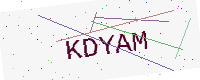
Text: KDYAM